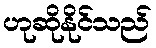
ဟုဆိုနိုင်သည်